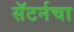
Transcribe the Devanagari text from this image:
सॅटर्नचा